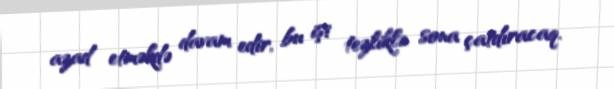
azad etməkdə davam edir, bu işi tezliklə sona çatdıracaq.